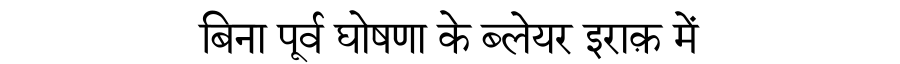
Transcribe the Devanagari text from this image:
बिना पूर्व घोषणा के ब्लेयर इराक़ में